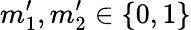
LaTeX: m_{1}^{\prime},m_{2}^{\prime}\in\{ 0,1\}